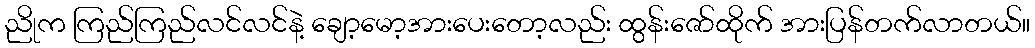
ညိုက ကြည်ကြည်လင်လင်နဲ့ ချော့မော့အားပေးတော့လည်း ထွန်းဇော်ထိုက် အားပြန်တက်လာတယ်။